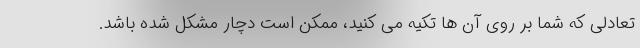
تعادلی که شما بر روی آن ها تکیه می کنید، ممکن است دچار مشکل شده باشد.